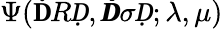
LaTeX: \Psi(\mathbf ḊRḌ,\pmb Ḋ\sigma Ḍ;\lambda,\mu)